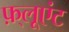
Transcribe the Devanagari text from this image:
फ़्लूएंट